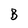
Character: B